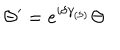
\Theta ^ { \prime } = e ^ { i \delta \gamma _ { ( 5 ) } } \Theta